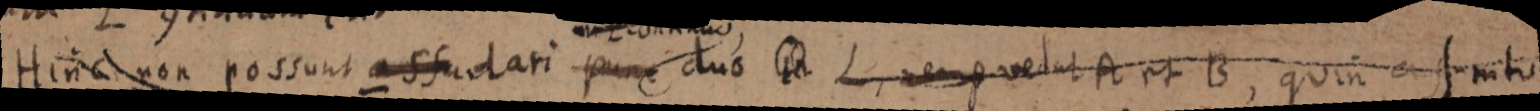
Hinc non possunt assudari punc duo in L, nemp velut A et B, quin assumto